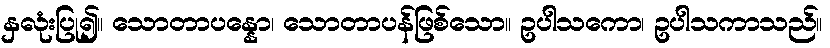
နှလုံးပြု၍။ သောတာပန္နော၊ သောတာပန်ဖြစ်သော။ ဥပါသကော၊ ဥပါသကာသည်။